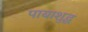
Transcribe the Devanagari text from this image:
पायाशुद्ध